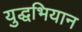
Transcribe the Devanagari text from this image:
युद्धभियान